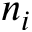
n _ { i }